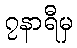
၇နာရီမှ